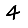
Digit: 4